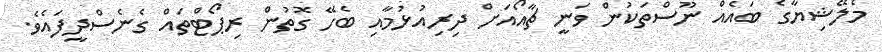
މެލޭޝިޔާގެ ބައެއް ނޫސްތަކުން ވަނީ ޗާއޯއަށް ދިރިއުޅުމާއި ބެހޭ ގޮތުން ރިޕޯޓްތައް ގެނެސްދީފައެވެ.